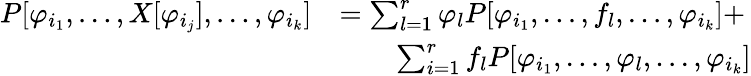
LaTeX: \begin{array}{rl}{P[\varphi_{i_{1}},\ldots,X[\varphi_{i_{j}}],\ldots,\varphi_{i_{k}}]}&{=\sum_{l=1}^{r}\varphi_{l}P[\varphi_{i_{1}},\ldots,f_{l},\ldots,\varphi_{i_{k}}]+}\\ &{\qquad\sum_{i=1}^{r}f_{l}P[\varphi_{i_{1}},\ldots,\varphi_{l},\ldots,\varphi_{i_{k}}]}\end{array}